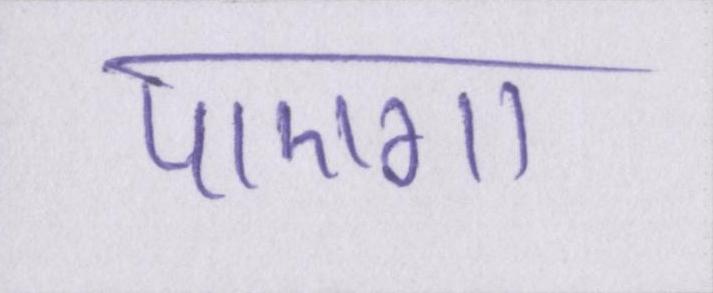
पाएगा